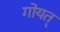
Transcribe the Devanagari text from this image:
गोयत्